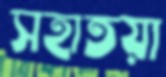
সহাতয়া